Newspaper: The Hawaiian gazette. [volume]
Place of publication: Honolulu [Oahu, Hawaii]
Publisher: Published ... by J.H. Black at the G.P.O.
Date: 1890-03-11 00:00:00
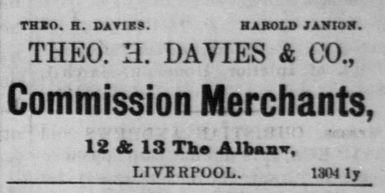
Advertisement text (OCR):
TBXO. H. OJITIKS. HAROLD JAXIOX. THE0. H. DAVIES & CO., Commission Merchants, 12 & 13 Tie Alfeaair, LIVERPOOL. 1304 ly
Label: text-only